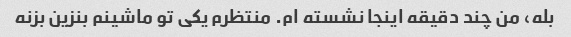
بله، من چند دقیقه اینجا نشسته ام. منتظرم یکی تو ماشینم بنزین بزنه